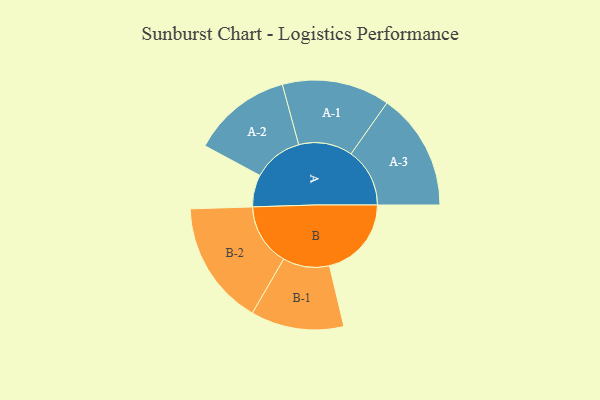
{"axis": {"x": "Segment", "y": "Value"}, "legend": ["", "A", "B"], "data": [{"x": "A", "y": 127, "type": ""}, {"x": "B", "y": 324, "type": ""}, {"x": "A-1", "y": 213, "type": "A"}, {"x": "A-2", "y": 197, "type": "A"}, {"x": "A-3", "y": 232, "type": "A"}, {"x": "B-1", "y": 184, "type": "B"}, {"x": "B-2", "y": 246, "type": "B"}]}